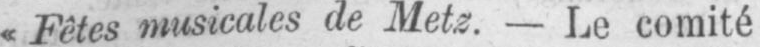
«Fêtes musicales de Metz. - Le comité